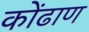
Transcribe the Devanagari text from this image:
कोंढाण